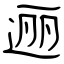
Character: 逦